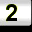
Digit: 2